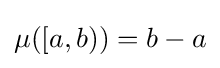
\mu ([a,b))=b-a